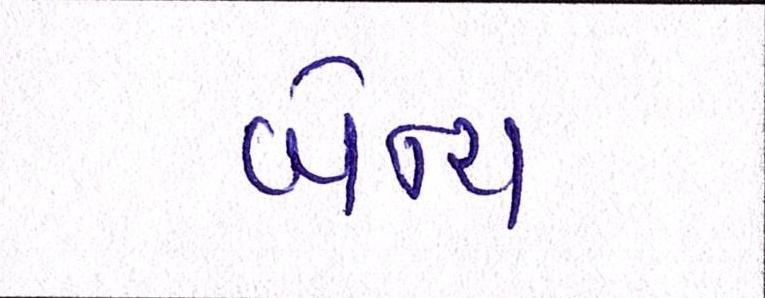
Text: બેન્ચ